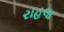
રાહલા